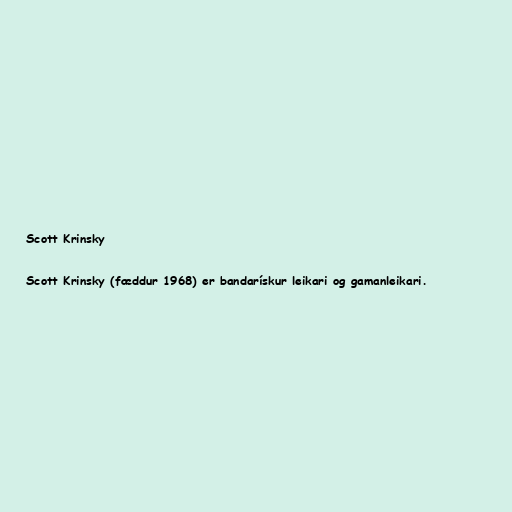
Scott Krinsky

Scott Krinsky (fæddur 1968) er bandarískur leikari og gamanleikari.